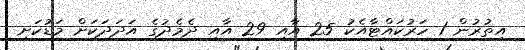
އިތުރުން 1 ހަރުކައްޓާއެކު 25 އާއި 29 އާއި ދެމެދުގެ އަދަދަކަށް މަޑުކަށި